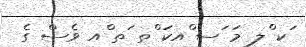
ަކ ްލ މަ ަސ ްއކަ ްތ ަތ ްއ ވެސް ގެ